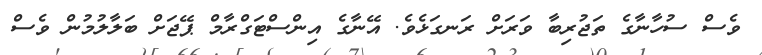
ވެސް ސުހާނާގެ ތަޖުރިބާ ވަރަށް ރަނގަޅެވެ. އޭނާގެ އިންސްޓަގްރާމް ޕޭޖަށް ބަލާލުމުން ވެސް